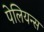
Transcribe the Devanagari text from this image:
पेलियन्स